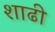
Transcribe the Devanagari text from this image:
शाढी